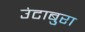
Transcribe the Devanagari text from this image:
उंटाबुरा